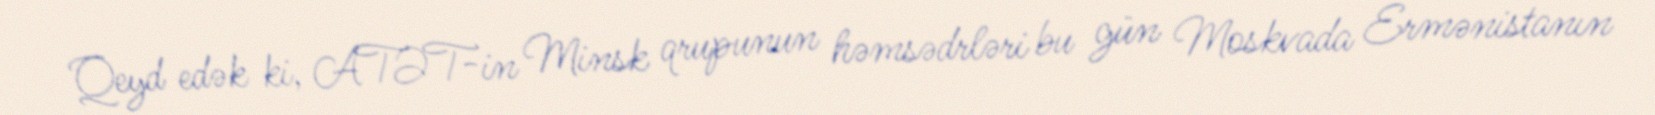
Qeyd edək ki, ATƏT-in Minsk qrupunun həmsədrləri bu gün Moskvada Ermənistanın